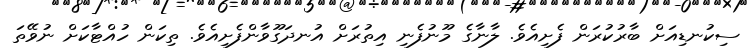
ސިކުނޑިއަށް ބާރުކުރަން ފެށިއެވެ. ލާނާގެ މޫނުފެނި އިތުރަށް އުނދަގޫވާންފެށިއެވެ. ތިކަން ހުއްޓާކަށް ނުވޭތަ